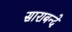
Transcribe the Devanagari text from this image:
साराबन्दे